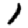
Digit: 1